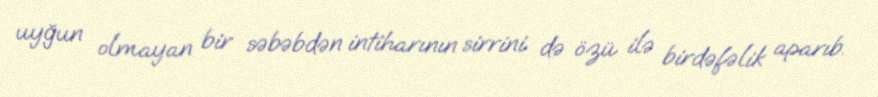
uyğun olmayan bir səbəbdən intiharının sirrini də özü ilə birdəfəlik aparıb.